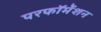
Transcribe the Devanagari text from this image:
परफॉर्मेंशन